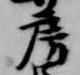
房